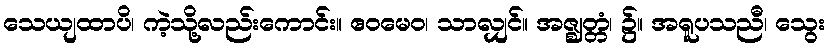
သေယျထာပိ၊ ကဲ့သို့လည်းကောင်း။ ဧဝမေဝ၊ သာလျှင်။ အဇ္ဈတ္တံ၊ ၌။ အရူပသညီ၊ သွေး